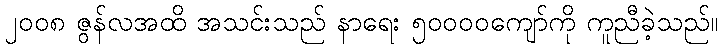
၂၀၀၈ ဇွန်လအထိ အသင်းသည် နာရေး ၅၀၀၀၀ကျော်ကို ကူညီခဲ့သည်။